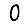
Digit: 0